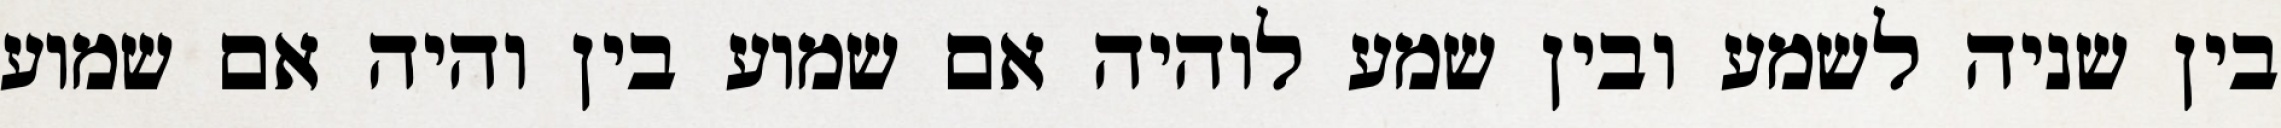
בין שניה לשמע ובין שמע לוהיה אם שמוע בין והיה אם שמוע